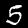
Digit: 5